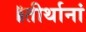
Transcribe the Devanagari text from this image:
॥तीर्थानां